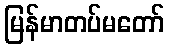
မြန်မာတပ်မတော်